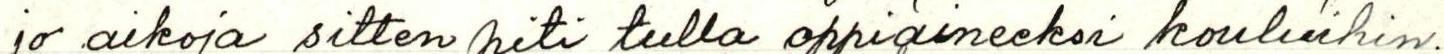
jo aikoja sitten piti tulla oppiaineeksi kouluihin.